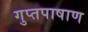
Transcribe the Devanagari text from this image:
गुप्तपाषाण